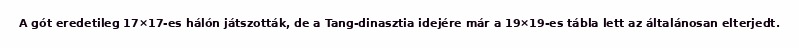
A gót eredetileg 17×17-es hálón játszották, de a Tang-dinasztia idejére már a 19×19-es tábla lett az általánosan elterjedt.